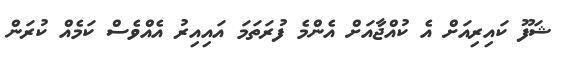
ޝަފޫ ކައިރިއަށް އެ ކުއްޖާއަށް އެންމެ ފުރަތަމަ އައިއިރު އެއްވެސް ކަމެއް ކުރަން